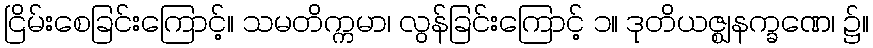
ငြိမ်းစေခြင်းကြောင့်။ သမတိက္ကမာ၊ လွန်ခြင်းကြောင့် ၁။ ဒုတိယဇ္ဈနက္ခဏေ၊ ၌။